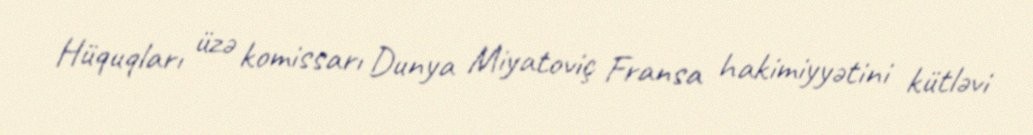
Hüquqları üzə komissarı Dunya Miyatoviç Fransa hakimiyyətini kütləvi